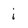
Character: i